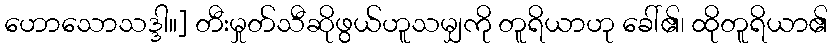
ဟောသောသဒ္ဒါ။] တီးမှုတ်သီဆိုဖွယ်ဟူသမျှကို တူရိယာဟု ခေါ်၏၊ ထိုတူရိယာ၏